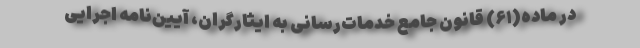
در ماده(۶۱) قانون جامع خدمات‌رسانی به ایثارگران، آیین‌نامه اجرایی